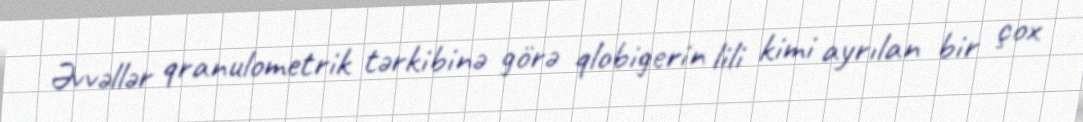
Əvvəllər qranulometrik tərkibinə görə qlobigerin lili kimi ayrılan bir çox